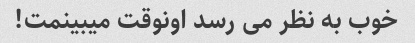
خوب به نظر می رسد اونوقت میبینمت!